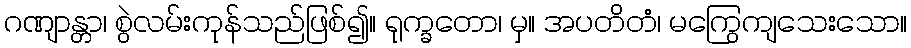
ဂဏျာန္တာ၊ စွဲလမ်းကုန်သည်ဖြစ်၍။ ရုက္ခတော၊ မှ။ အပတိတံ၊ မကြွေကျသေးသော။